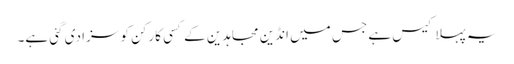
یہ پہلا کیس ہے جس میں انڈین مجاہدین کے کسی کارکن کو سزا دی گئی ہے۔